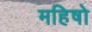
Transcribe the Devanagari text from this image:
महिषो